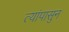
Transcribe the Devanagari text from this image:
त्यांपासुन